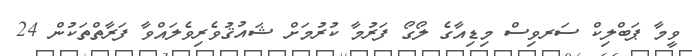
ވީމާ ޕަބްލިކް ސަރވިސް މިޑިއާގެ ލޯގޯ ފަރުމާ ކުރުމަށް ޝައުޤުވެރިވެލައްވާ ފަރާތްތަކުން 24